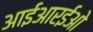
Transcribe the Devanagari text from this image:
आईआरईओ